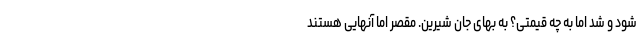
شود و شد اما به چه قیمتی؟ به بهای جان شیرین. مقصر اما آنهایی هستند